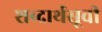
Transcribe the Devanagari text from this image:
शब्दार्थसूची